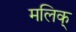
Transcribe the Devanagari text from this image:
मलिक्